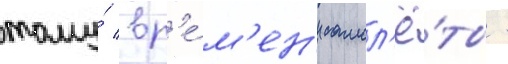
тому́ вр'е́м'ен'и самол'ё́ты -